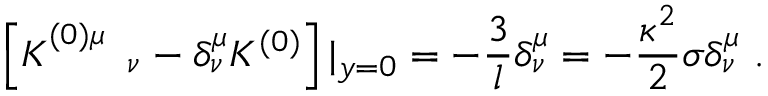
\left[ K _ { \quad \quad \nu } ^ { ( 0 ) \mu } - \delta _ { \nu } ^ { \mu } K ^ { ( 0 ) } \right] | _ { y = 0 } = - { \frac { 3 } { l } } \delta _ { \nu } ^ { \mu } = - { \frac { \kappa ^ { 2 } } { 2 } } \sigma \delta _ { \nu } ^ { \mu } \ .